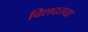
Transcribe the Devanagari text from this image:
विशदतया